Vaccination North-Western Provinces and Oudh 1878-1895 - 1878-1895
Year: 1878
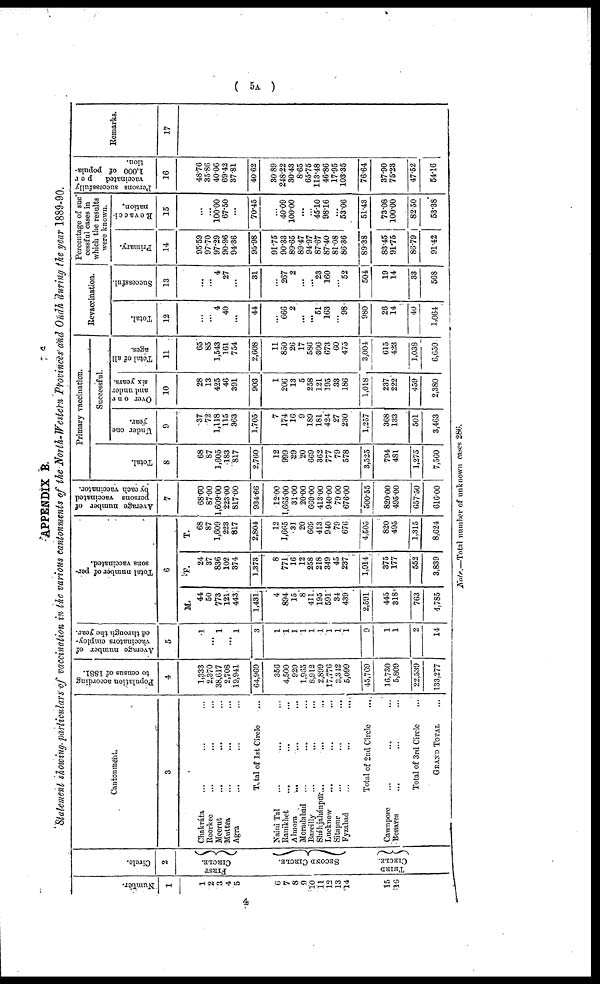
( 5A )
APPENDIX B.
Statement showing particulars of vaccination in the various cantonments of the North-Western Provinces and Oudh during the year 1889-90.
Number.
1
1
2
3
4
5
6
7
8
9
10
11
12
13
14
15
16
Circle.
2
FIRST
CIRCLE.
SECOND CIRCLE.
THIRD
CIRCLE.
Cantonment.
3
Chakráta ... ... ...
Roorkee ... ... ...
Meerut
... ... ...
Muttra ... ... ...
Agra ... ... ...
Total of 1st Circle ...
Naini Tal ... ... ...
Ranikhet ... ... ...
Almora
... ... ...
Moradabad ... ... ...
Bareilly
...
...
...
Sháhjahánpur ... ... ...
Lucknow ... ... ...
Sitapur ... ... ...
Fyzabad ... ... ...
Total of 2nd Circle ...
Cawnpore ... ... ...
Benares ... ... ...
Total of 3rd Circle ...
GRAND TOTAL ...
Population according
to census of 1881.
4
1,333
2,370
38,617
2,708
19,941
64,969
356
4,500
920
1,965
8,912
2,899
17,776
3,342
5,099
45,769
16,730
5,809
22,539
133,277
Average number of
vaccinators employ-
ed through the year.
5
1
...
1
...
1
3
1
1
1
1
1
1
1
1
1
9
1
1
2
14
Total number of per-
sons vaccinated.
6
M.
44
50
773
121
443
1,431
4
894
15
8
411
195
591
34
439
2,591
445
318
763
4,785
F.
24
37
836
102
374
1,373
8
771
16
12
258
218
349
45
237
1,914
375
177
552
3,839
T.
68
87
1,609
223
817
2,804
12
1,665
31
20
669
413
940
79
676
4,505
820
495
1,315
8,624
Average number of
persons vaccinated
by each vaccinator.
7
68.00
87.00
1,609.00
223.00
817.00
934.66
12.00
1,665.00
31.00
20.00
669.00
413.00
940.00
79.00
676.00
500.55
820.00
495.00
657.50
616.00
Primary vaccination.
Total.
8
68
87
1,605
183
817
2,760
12
999
29
20
669
362
777
79
578
3,525
794
481
1,275
7,560
Successful.
Under one
year.
9
37
72
1,118
115
363
1,705
7
174
16
9
189
181
424
27
230
1,257
368
133
501
3,463
Over one
and under
six years.
10
28
13
425
46
391
903
1
206
13
5
258
121
195
33
186
1,018
237
222
459
2,380
Total of all
ages.
11
65
85
1,543
161
754
2,608
11
850
26
17
586
306
673
60
475
3,004
615
423
1,038
6,650
Revaccination.
Total.
12
...
...
4
40
...
44
...
666
2
...
...
51
163
...
98
980
26
14
40
1,064
Successful.
13
...
...
4
27
...
31
...
267
2
...
...
23
160
...
52
504
19
14
33
568
Percentage of suc¬
cessful cases in
which the results
were known.
Primary.
14
95.59
97.70
97.29
90.96
94.36
95.98
91.75
90.33
89.65
89.47
94.97
87.67
87.40
81.08
86.36
89.38
83.45
91.75
86.79
91.42
Revacci-
nation.
15
...
...
100.00
67.50
...
70.45
...
40.09
100.00
...
...
45.10
98.16
...
53.06
51.43
73.08
100.00
82.50
53.38
Persons successfully
vaccinated
per
1,000 of popula-
tion.
16
48.76
35.86
40.06
69.42
37.81
40.62
30.89
248.22
30.43
8.65
65.75
113.48
46.86
17.95
103.35
76.64
37.90
75.23
47.52
54.16
Remarks.
17
Note—Total number of unknown cases 286.